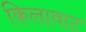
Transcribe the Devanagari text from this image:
किलावाट